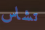
تشاس